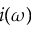
i ( \omega )